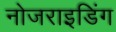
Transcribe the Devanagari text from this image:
नोजराइडिंग